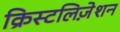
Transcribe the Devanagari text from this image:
क्रिस्टलिज़ेशन